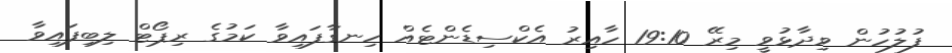
ފުލުހުން ވިދާޅުވީ މިރޭ 19:10 ހާއިރު އެކްސިޑެންޓެއް ހިނގާފައިވާ ކަމުގެ ރިޕޯޓް ލިބިފައިވާ